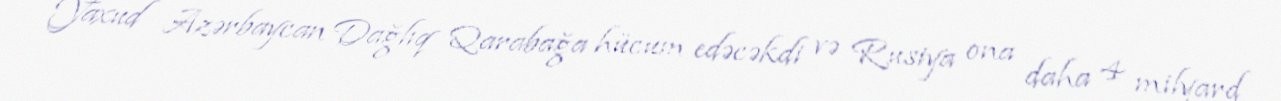
Yaxud Azərbaycan Dağlıq Qarabağa hücum edəcəkdi və Rusiya ona daha 4 milyard